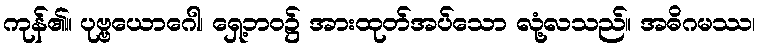
ကုန်၏။ ပုဗ္ဗယောဂေါ၊ ရှေ့ဘဝ၌ အားထုတ်အပ်သော လုံ့လသည်။ အဓိဂမဿ၊